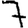
Digit: 7